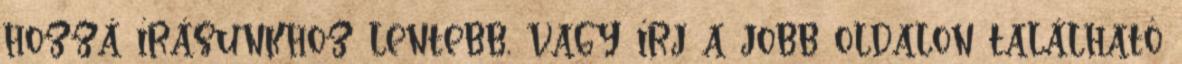
hozzá írásunkhoz lentebb, vagy írj a jobb oldalon található